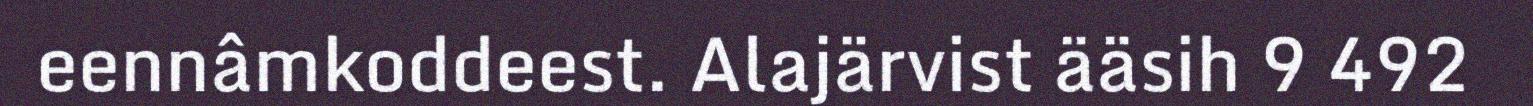
eennâmkoddeest. Alajärvist ääsih 9 492